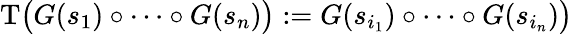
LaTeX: \mathrm{T}\bigl(G(s_{1})\circ\dots\circ G(s_{n})\bigr):=G(s_{i_{1}})\circ\dots\circ G(s_{i_{n}})\bigr)